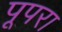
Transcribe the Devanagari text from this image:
पूपरा